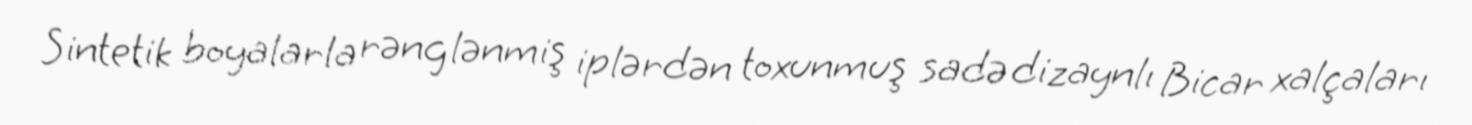
Sintetik boyalarla rənglənmiş iplərdən toxunmuş sadə dizaynlı Bicar xalçaları